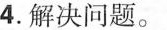
4.解决问题。